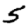
Digit: 5